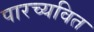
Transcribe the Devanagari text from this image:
पारच्यवित